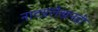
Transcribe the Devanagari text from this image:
नाटय़लेखनही